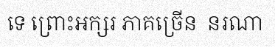
ទេ ព្រោះអក្សរ ភាគច្រើន  នរណា